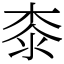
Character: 桼